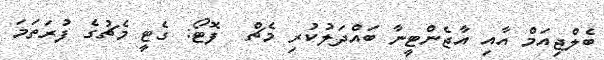
ބެލްޖިއަމް އާއި އާޖެންޓީނާ ބައްދަލުކުރި މެޗް  ފޮޓޯ: ގެޓީ މެޗުގެ ފުރަތަމަ